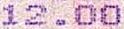
12.00